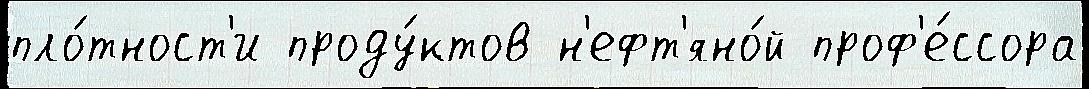
пло́тност'и проду́ктов н'ефт'яно́й проф'е́ссора